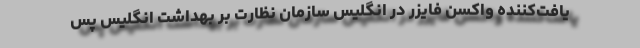
یافت‌کننده واکسن فایزر در انگلیس سازمان نظارت بر بهداشت انگلیس پس